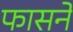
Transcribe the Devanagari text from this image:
फासने